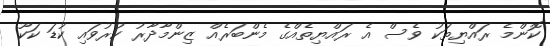
ކޮންމެ ރައްޔިތަކު ވެސް އެ ރައްޔިތެއްގެ މެންބަރެއް ޒިންމާދާރު ކުރުވައި ކުޑަ ކަކޫ